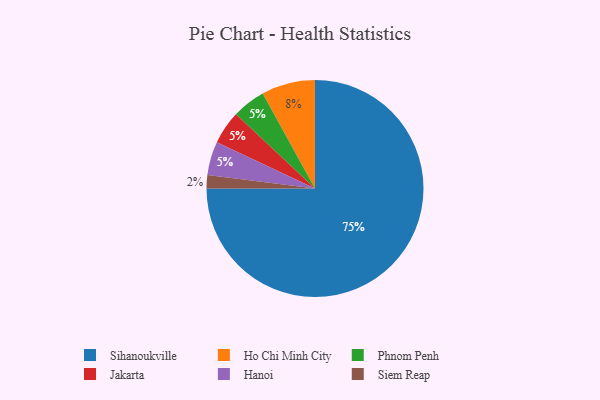
{"axis": {"x": "Category", "y": "Percentage"}, "legend": ["Hanoi", "Ho Chi Minh City", "Jakarta", "Phnom Penh", "Siem Reap", "Sihanoukville"], "data": [{"x": "Phnom Penh", "y": 5, "type": "Phnom Penh"}, {"x": "Jakarta", "y": 5, "type": "Jakarta"}, {"x": "Hanoi", "y": 5, "type": "Hanoi"}, {"x": "Ho Chi Minh City", "y": 8, "type": "Ho Chi Minh City"}, {"x": "Siem Reap", "y": 2, "type": "Siem Reap"}, {"x": "Sihanoukville", "y": 75, "type": "Sihanoukville"}]}